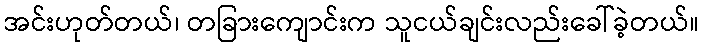
အင်းဟုတ်တယ်၊ တခြားကျောင်းက သူငယ်ချင်းလည်းခေါ်ခဲ့တယ်။